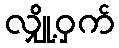
လျှို့ဝှက်